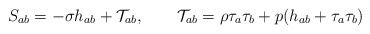
\begin{align*}S_{ab}=-\sigma h_{ab}+\mathcal{T}_{ab}, \qquad \mathcal{T}_{ab}=\rho\tau_a\tau_b+p(h_{ab}+\tau_a\tau_b) \end{align*}